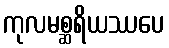
ကုလမစ္ဆရိယဿပေ